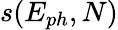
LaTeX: s(E_{ph},N)